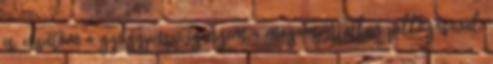
is, elsütöm a gyógypuszi igényem a magam ártatlan pillogásával,